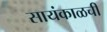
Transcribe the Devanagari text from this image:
सायंकाळची